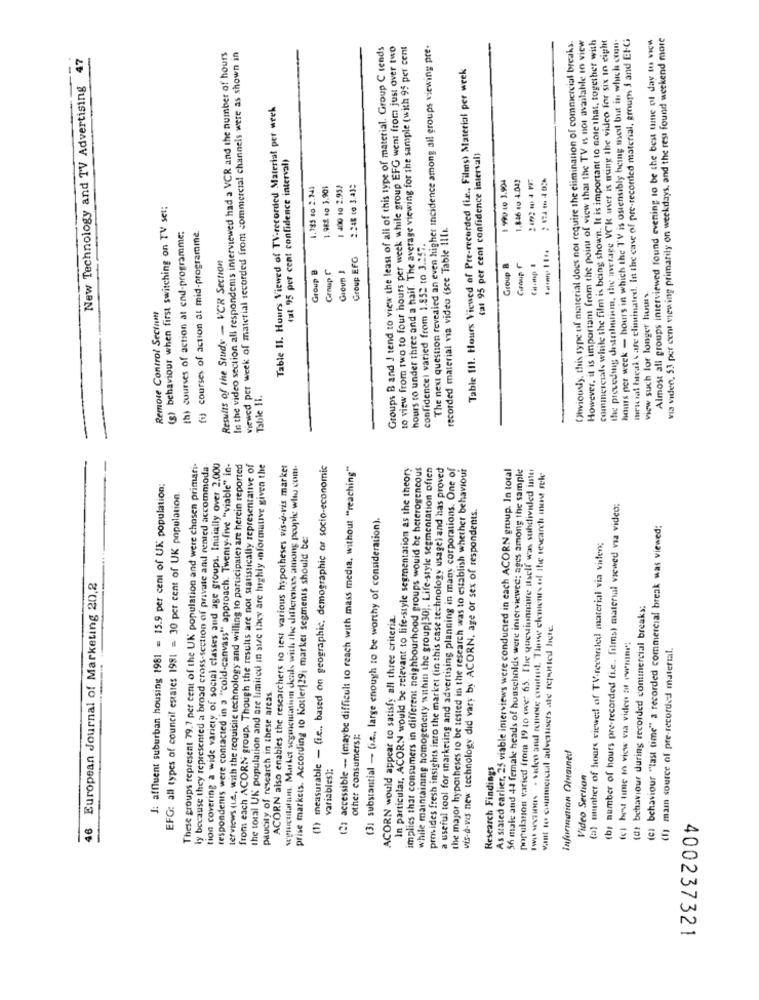
However, it is importam from the point of view that the TV is not available in view
commercials while the film is being shown. It is important to note that, together with
the preceding distribution, the average VCK user is using the video for six in eight
hours per week - hours in which the T'V is ostensibly being med but in which com.
meu sal hacal s are eliminated. In the case of pre-recorded material, groups J and Et-G
Almost all groups interviewed found evening to be the best ume ol day tu vice
via video, 53 per cent viewing primarily on weekdays, and the rest found weekend more
Groups B and J tend to view the least of all of this type of material. Group C tends
to view from two to four hours per week while group EFG went from just over two
hours ro under three and a half. The average viewing for the sample (with 95 per cent
The next question revealed an even higher incidence among all groups viewing pre-
Obviously, this type of material does not require the elimination of commercial breaks.
In the video section all respondenis interviewed had a VCR and the number of hours
viewed per week of material recorded from commercial channels were as shown in
47
Table Ill. Hours Viewed of Pre-recorded (le ., Films) Material per week
New Technology and TV Advertising
Table Il. Hours Viewed of TV-recorded Material per week
(al 95 per cent confidence interval)
(al 95 per cent confidence interval)
1.846 10 4.041
1.785 to 2.34)
1.96% eg 3.901
1 400 10 2.953
2.248 to 3.43:
1 990 10 3.904
(g) behaviour when first switching on TV set;
recorded material via video (sce Table IlUL.
th) courses of action at end-programme;
fil courses of action at mid-programme
confidence) varied from 1.852 to 3.357.
Results of the Study - VCR Section
Group EFG
Group C
Gioup J
Group B
Group C
Group B
view such for longer hours.
Remote Control Sectam
Table II.
These groups represent 79.7 per cent of the UK population and were chosen primari-
ly because they represented a broad cross-section of private and rented accommoda-
tion covering a wide variety of social classes and age groups. Initially over 2.000
respondents were contacted in a "cold-canvass" approach. Twenty-five "viable" in-
terviews (Le, with the requisite technology and willing to participate) are herein reported
from each ACORN group. Though the results are not statistically representative of
the total UK population and are limited in size they are highly informative given the
ACORN also enables the researchers to test various hypotheses vis-à-vis market
wwwestatuun. Market segmentation deals with the dillerenes among people who com-
(1) measurable - fie .. based on geographic, demographic or socio-economic
(2) accessible - (maybe difficult to reach with mass media, without "reaching"
In particular, ACORN would be relevant to life-style segmentation as the theory
implies that consumers in different neighbourhood groups would be heterogeneous
while maintaining homogeneity within the group(30). Life-style segmentation often
provides fresh insights into the market (in this case technology usage) and has proved
a useful tool for marketing and advertising planning in many corporations. One of
the major hypotheses to be tested in the research was to establish whether behaviour
As stated earlier, 25 viable interviews were conducted in each ACORN group. In total
56 male and 44 female heads of households were interviewed; ages among the sample
populanon varied from 19 to over 65. The quewionatre itself was subdivided inte
Two secours - siden and remote control. These elements of the research most rele
J: affluent suburban housing 1981 = 15.9 per cent of UK population;
EFG: all types of council estares 1981 = 30 per cent of UK population
vis-a-ws new technology did vary by ACORN, age or sex of respondents.
(b) number of hours pre-recorded (i.e ., films) maternal viewed via video;
(31 substantial - (i.e ., large enough to be worthy of consideration).
(c) behaviour ""last time" a recorded commercial break was viewed:
prise markets. According 10 Kotler129; market segments should be:
(a) munher of hours viewed of TV-recordled material via viden;
6 European Journal of Marketing 20,2
to: behaviour during recorded commercial breaks;
ACORN would appear to satisfy all three criteria.
want to commercial advertisers ste reported here.
fc) best time in view via video at war
(1) mam source of pre-recorded material.
paucity of research in these areas.
other consumers#:
Information Oinained
variables);
Research Findings
Video Section
400237321